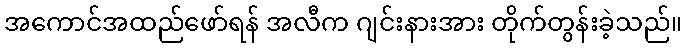
အကောင်အထည်ဖော်ရန် အလီက ဂျင်းနားအား တိုက်တွန်းခဲ့သည်။